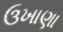
ઉખાણા